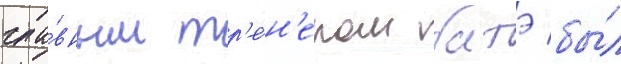
гла́вным тр'е́н'ером батэ бы́л